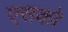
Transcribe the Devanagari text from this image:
एसको